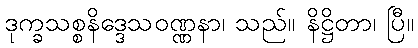
ဒုက္ခသစ္စနိဒ္ဒေသဝဏ္ဏနာ၊ သည်။ နိဋ္ဌိတာ၊ ပြီ။